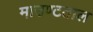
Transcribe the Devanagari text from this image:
माउण्टताल